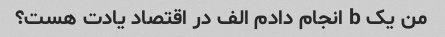
من یک b انجام دادم الف در اقتصاد یادت هست؟